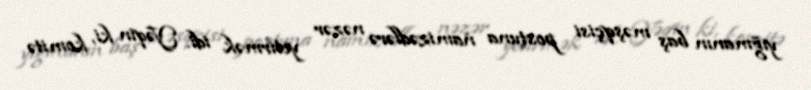
yığmanın baş məşqçisi postuna namizədlərə nəzər yetirmək idi. Yəqin ki, komitə